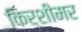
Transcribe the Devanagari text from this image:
किर्शीमर